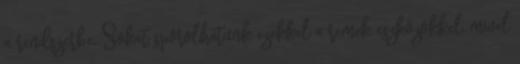
a rendszerbe. Sokat spórolhatunk ezekkel a remek eszközökkel, mivel